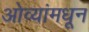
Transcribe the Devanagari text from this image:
ओव्यांमधून